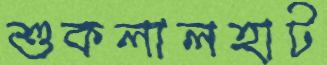
শুকলালহাট